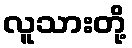
လူသားတို့